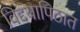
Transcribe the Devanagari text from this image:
विद्दयापिठात